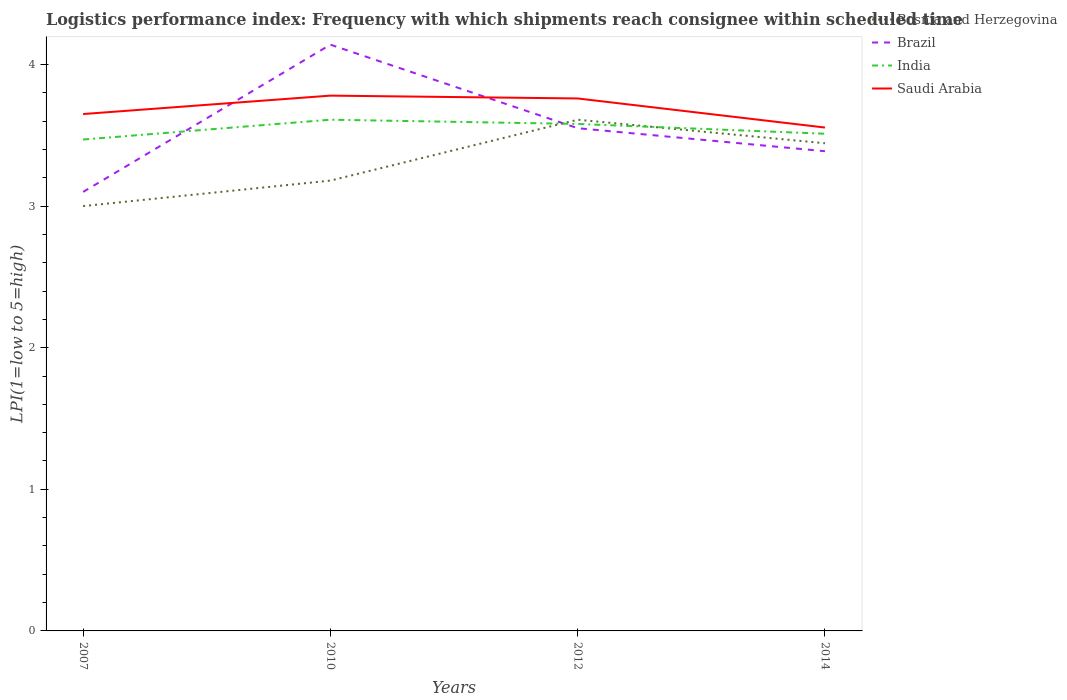
| Years | Bosnia and Herzegovina | Brazil | India | Saudi Arabia |
 | --- | --- | --- | --- | --- |
 | 2007 | 3 | 3.1 | 3.47 | 3.65 |
 | 2010 | 3.18 | 4.14 | 3.61 | 3.78 |
 | 2012 | 3.61 | 3.55 | 3.58 | 3.76 |
 | 2014 | 3.44 | 3.39 | 3.51 | 3.55 |